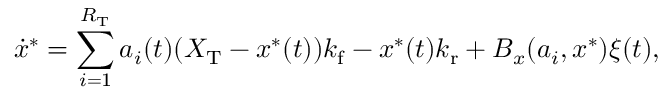
\dot { x } ^ { * } = \sum _ { i = 1 } ^ { R _ { \mathrm { T } } } a _ { i } ( t ) ( X _ { \mathrm { T } } - x ^ { * } ( t ) ) { k _ { \mathrm { f } } } - x ^ { * } ( t ) { k _ { \mathrm { r } } } + B _ { x } ( a _ { i } , x ^ { \ast } ) \xi ( t ) ,